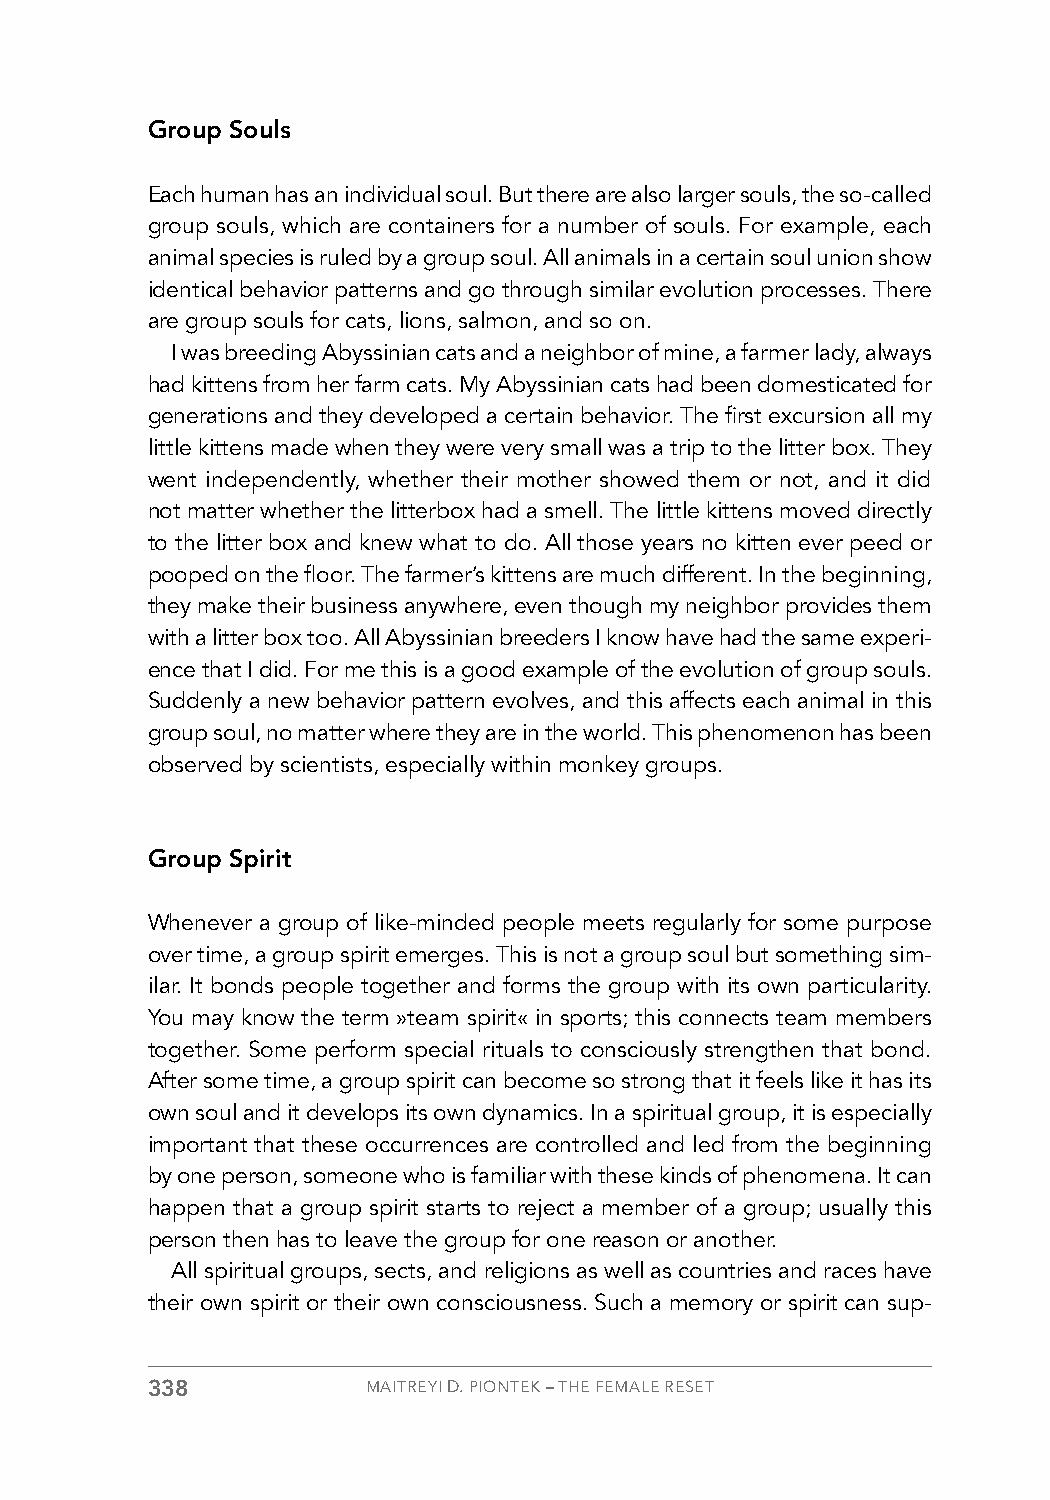
Group Souls
 Each human has an individual soul. But there are also larger souls, the so-called
 group souls, which are containers for a number of souls. For example, each
 animal species is ruled by a group soul. All animals in a certain soul union show
 identical behavior patterns and go through similar evolution processes. There
 are group souls for cats, lions, salmon, and so on.
 I was breeding Abyssinian cats and a neighbor of mine, a farmer lady, always
 had kittens from her farm cats. My Abyssinian cats had been domesticated for
 generations and they developed a certain behavior. The first excursion all my
 little kittens made when they were very small was a trip to the litter box. They
 went independently, whether their mother showed them or not, and it did
 not matter whether the litterbox had a smell. The little kittens moved directly
 to the litter box and knew what to do. All those years no kitten ever peed or
 pooped on the floor. The farmer’s kittens are much different. In the beginning,
 they make their business anywhere, even though my neighbor provides them
 with a litter box too. All Abyssinian breeders I know have had the same experi-
 ence that I did. For me this is a good example of the evolution of group souls.
 Suddenly a new behavior pattern evolves, and this affects each animal in this
 group soul, no matter where they are in the world. This phenomenon has been
 observed by scientists, especially within monkey groups.
 Group Spirit
 Whenever a group of like-minded people meets regularly for some purpose
 over time, a group spirit emerges. This is not a group soul but something sim-
 ilar. It bonds people together and forms the group with its own particularity.
 You may know the term »team spirit« in sports; this connects team members
 together. Some perform special rituals to consciously strengthen that bond.
 After some time, a group spirit can become so strong that it feels like it has its
 own soul and it develops its own dynamics. In a spiritual group, it is especially
 important that these occurrences are controlled and led from the beginning
 by one person, someone who is familiar with these kinds of phenomena. It can
 happen that a group spirit starts to reject a member of a group; usually this
 person then has to leave the group for one reason or another.
 All spiritual groups, sects, and religions as well as countries and races have
 their own spirit or their own consciousness. Such a memory or spirit can sup-
 338           MAITREYI D. PIONTEK – THE FEMALE RESET